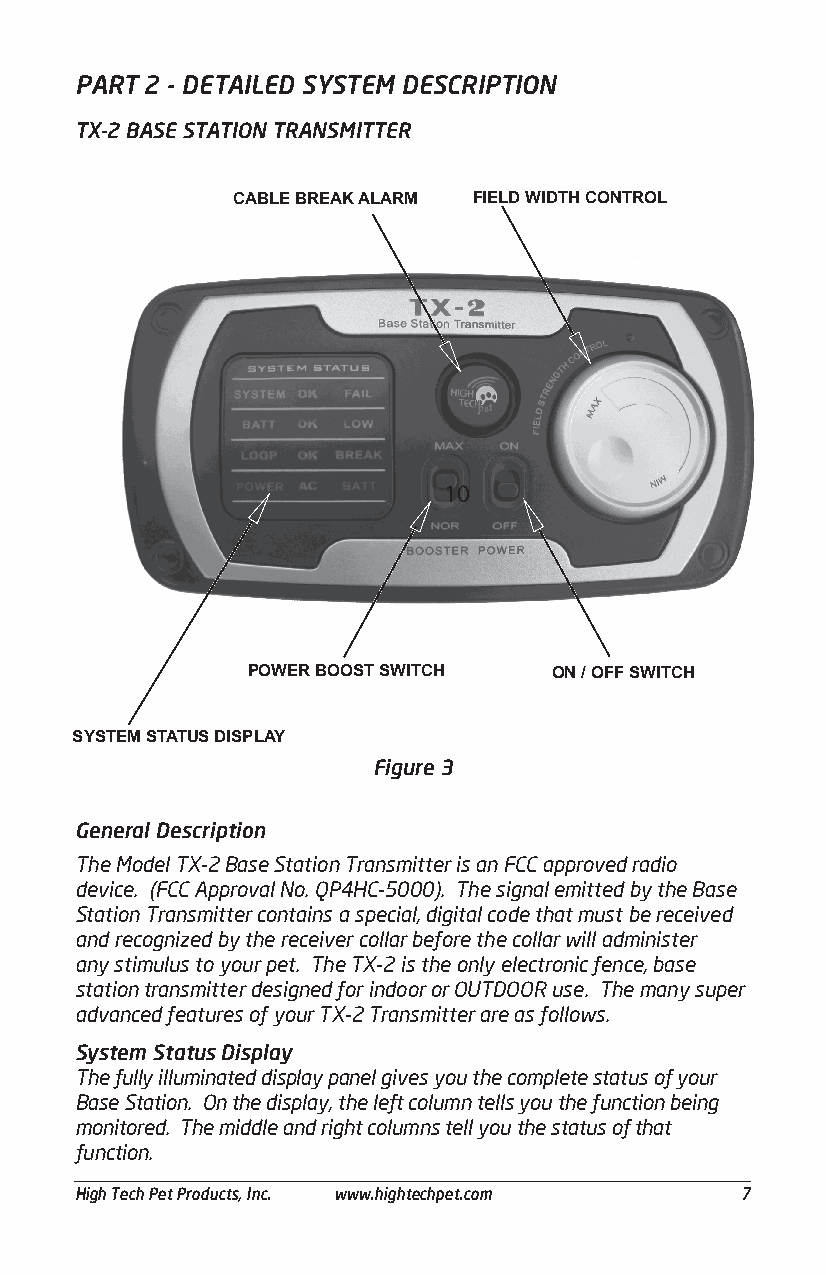
PART 2 - DETAILED SYSTEM DESCRIPTION
 TX-2 BASE STATION TRANSMITTER
 CABLE BREAK ALARM FIELD WIDTH CONTROL
 10
 POWER BOOST SWITCH   ON / OFF SWITCH
 SYSTEM STATUS DISPLAY
 Figure 3
 General Description
 The Model TX-2 Base Station Transmitter is an FCC approved radio
 device. (FCC Approval No. QP4HC-5000). The signal emitted by the Base
 Station Transmitter contains a special, digital code that must be received
 and recognized by the receiver collar before the collar will administer
 any stimulus to your pet. The TX-2 is the only electronic fence, base
 station transmitter designed for indoor or OUTDOOR use. The many super
 advanced features of your TX-2 Transmitter are as follows.
 System Status Display
 The fully illuminated display panel gives you the complete status of your
 Base Station. On the display, the left column tells you the function being
 monitored. The middle and right columns tell you the status of that
 function.
 ___________________________________________________________________________________________
 High Tech Pet Products, Inc. www.hightechpet.com 7